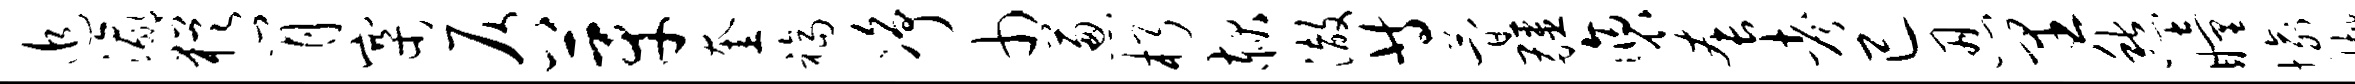
追瀛犹肖寨仄芽奎福净巾葱朽赧澈等简疆褒套考已忍里愁瞳愉樾